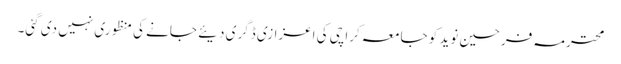
محترمہ فرحین نوید کو جامعہ کراچی کی اعزازی ڈگری دیئے جانے کی منظوری نہیں دی گئی۔